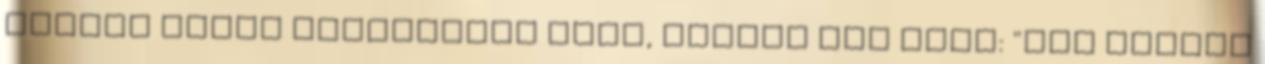
Vavyan Fable idézetével élek, amiben azt írja: "Nem vagyok